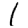
Digit: 1